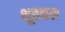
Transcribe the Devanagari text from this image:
भूतकल